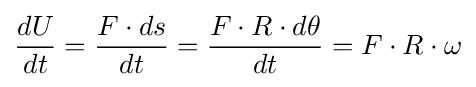
{\frac {dU}{dt}}={\frac {F\cdot ds}{dt}}={\frac {F\cdot R\cdot d\theta }{dt}}=F\cdot R\cdot \omega